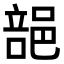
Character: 郶